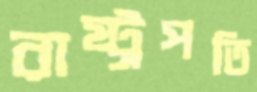
রাষ্ট্রপতি